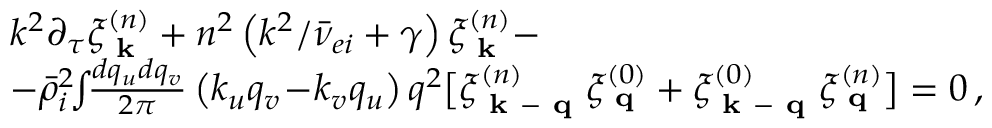
\begin{array} { r l } & { k ^ { 2 } \partial _ { \tau } \xi _ { \textbf { k } } ^ { ( n ) } + n ^ { 2 } \left( k ^ { 2 } / \bar { \nu } _ { e i } + \gamma \right) \xi _ { \textbf { k } } ^ { ( n ) } - } \\ & { - \bar { \rho } _ { i } ^ { 2 } \! \! \int \! \! \frac { d q _ { u } d q _ { v } } { 2 \pi } \left( k _ { u } q _ { v } \! - \! k _ { v } q _ { u } \right) q ^ { 2 } \big [ \xi _ { \textbf { k } - \textbf { q } } ^ { ( n ) } \xi _ { \textbf { q } } ^ { ( 0 ) } + \xi _ { \textbf { k } - \textbf { q } } ^ { ( 0 ) } \xi _ { \textbf { q } } ^ { ( n ) } \big ] = 0 \, , } \end{array}